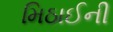
મિઠાઈની